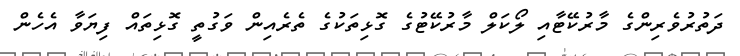
ދަތުރުވެރިންގެ މާރުކޭޓާއި ލޯކަލް މާރުކޭޓުގެ ގޮޅިތަކުގެ ތެރެއިން ވަގުތީ ގޮޅިތައް ފިޔަވާ އެހެން